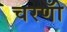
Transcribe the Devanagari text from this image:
चरणोँ